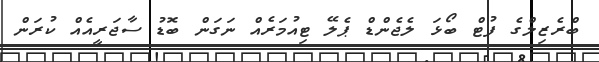
ބްރެޒިލްގެ ފުޓް ބޯޅަ ލެޖެންޑް ޕެލޭ ޓިއުމަރެއް ނަގަން ބޮޑު ސާޖަރީއެއް ކުރަން